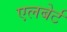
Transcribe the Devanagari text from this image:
एलबेर्ट